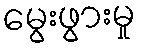
မွေးဖွားမှု